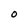
Character: O